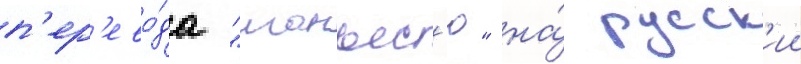
п'ер'ево́да "манъес'ю" на́ русск'ии